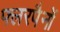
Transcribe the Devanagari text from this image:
फ्लरपैनों